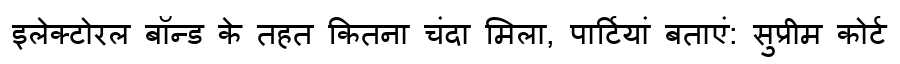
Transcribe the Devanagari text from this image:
इलेक्टोरल बॉन्ड के तहत कितना चंदा मिला, पार्टियां बताएं: सुप्रीम कोर्ट